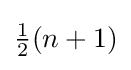
{\tfrac {1}{2}}(n+1)